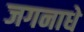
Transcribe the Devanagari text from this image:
जगनाधे